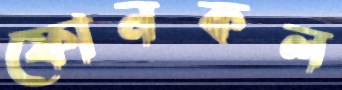
ফোনকল